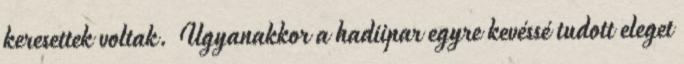
keresettek voltak. Ugyanakkor a hadiipar egyre kevéssé tudott eleget